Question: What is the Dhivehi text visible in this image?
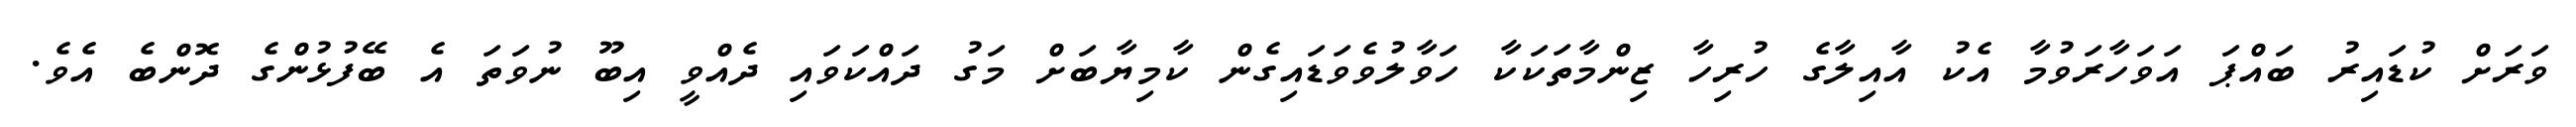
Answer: ވަރަށް ކުޑައިރު ބައްޕަ އަވަހާރަވުމާ އެކު އާއިލާގެ ހުރިހާ ޒިންމާތަކަކާ ހަވާލުވެވަޑައިގެން ކާމިޔާބަށް މަގު ދައްކަވައި ދެއްވީ އިބޫ ނުވަތަ އެ ބޭފުޅުންގެ ދޮންބެ އެވެ.